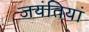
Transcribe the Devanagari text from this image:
जयंतियां